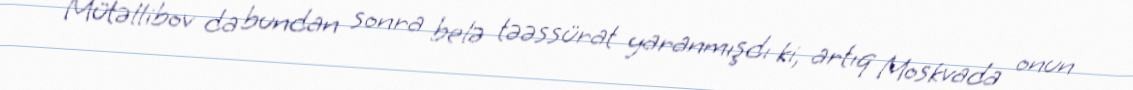
Mütəllibov da bundan sonra belə təəssürat yaranmışdı ki, artıq Moskvada onun